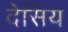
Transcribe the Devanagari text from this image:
देसिय